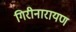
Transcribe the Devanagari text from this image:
गिरीनारायण